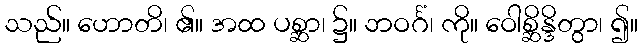
သည်။ ဟောတိ၊ ၏။ အထ ပစ္ဆာ၊ ၌။ ဘဝင်္ဂံ၊ ကို။ ဝေါစ္ဆိန္ဒိတွာ၊ ၍။